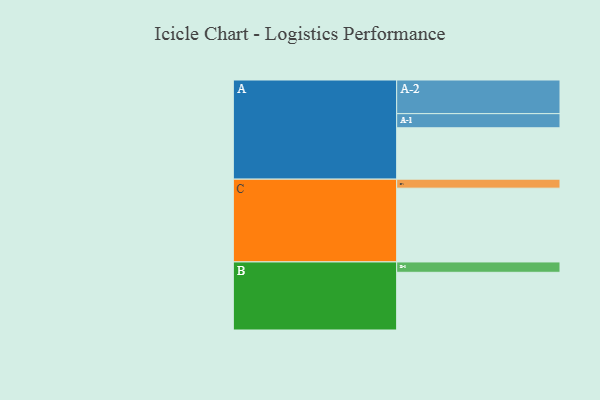
{"axis": {"x": "Segment", "y": "Value"}, "legend": ["", "A", "B", "C"], "data": [{"x": "A", "y": 342, "type": ""}, {"x": "B", "y": 384, "type": ""}, {"x": "C", "y": 491, "type": ""}, {"x": "A-1", "y": 94, "type": "A"}, {"x": "A-2", "y": 224, "type": "A"}, {"x": "B-1", "y": 69, "type": "B"}, {"x": "C-1", "y": 60, "type": "C"}]}